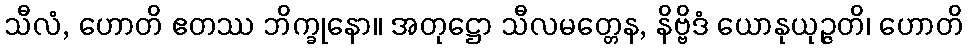
သီလံ, ဟောတိ ဧတဿ ဘိက္ခုနော။ အတုဋ္ဌော သီလမတ္တေန, နိဗ္ဗိဒံ ယောနုယုဉ္ဇတိ၊ ဟောတိ